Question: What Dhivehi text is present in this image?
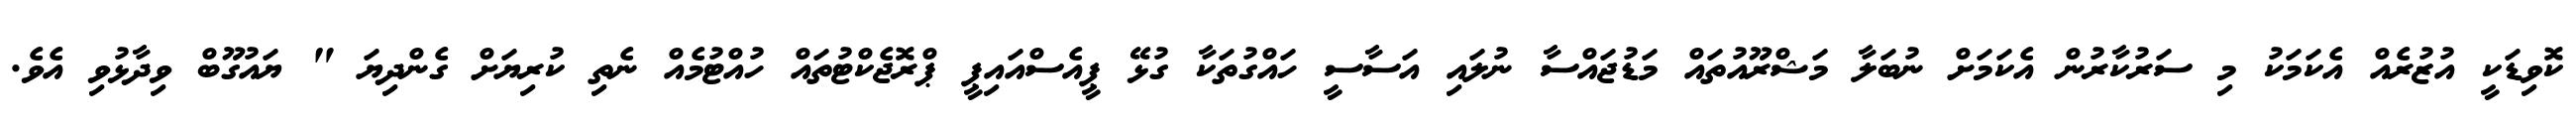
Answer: ކޮވިޑަކީ އުޒުރެއް އެކަމަކު މި ސަރުކާރުން އެކަމަށް ނުބަލާ މަޝްރޫއުތައް މަޑުޖައްސާ ނުލައި އަސާސީ ހައްގުތަކާ ގުޅޭ ޕީއެސްއައިޕީ ޕްރޮޖެކްޓުތައް ހުއްޓުމެއް ނެތި ކުރިޔަށް ގެންދިޔަ " ޔައުގޫބް ވިދާޅުވި އެވެ.